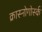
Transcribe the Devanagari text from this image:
क्रास्नोगोर्स्क